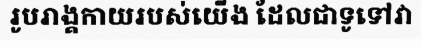
រូបរាង្គកាយរបស់យើង ដែលជាទូទៅវា